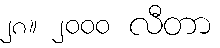
၂၈။ ၂၀၀၀ လီတာ